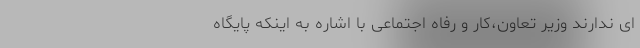
ای ندارند وزیر تعاون،کار و رفاه اجتماعی با اشاره به اینکه پایگاه